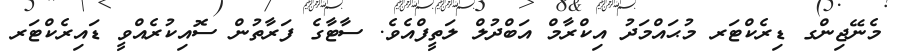
މެނޭޖިންގ ޑިރެކްޓަރ މުޙައްމަދު އިކްރާމް އަބްދުލް ލަތީފްއެވެ. ސާޓާގެ ފަރާތުން ސޮއިކުރެއްވީ ޑައިރެކްޓަރ